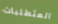
المتطلبات